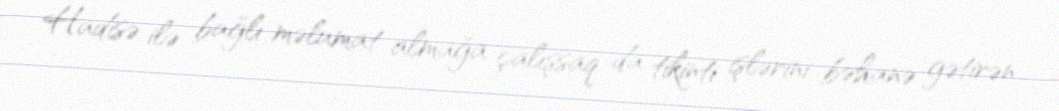
Hadisə ilə bağlı məlumat almağa çalışsaq da tikinti işlərini bəhanə gətirən